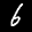
Label: 6